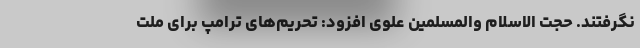
نگرفتند. حجت الاسلام والمسلمین علوی افزود: تحریم‌های ترامپ برای ملت